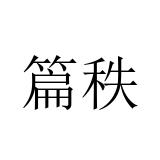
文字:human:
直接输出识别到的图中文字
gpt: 篇秩